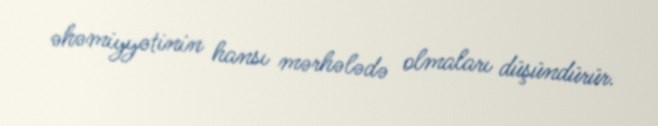
əhəmiyyətinin hansı mərhələdə olmaları düşündürür.